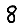
Digit: 8